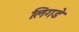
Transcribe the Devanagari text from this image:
लिगडे